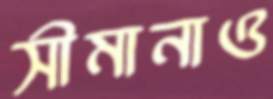
সীমানাও